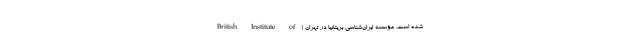
شده است. مؤسسه ایران‌شناسی بریتانیا در تهران (British Institute of